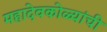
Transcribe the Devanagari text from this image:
महादेवकोळ्यांची